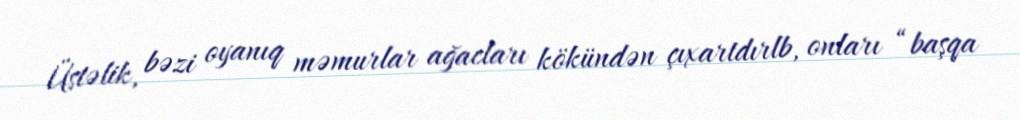
Üstəlik, bəzi oyanıq məmurlar ağacları kökündən çıxartdırlb, onları “başqa